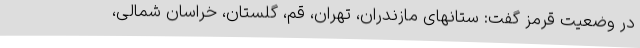
در وضعیت قرمز گفت: ستانهای مازندران، تهران، قم، گلستان، خراسان شمالی،